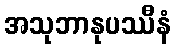
အသုဘာနုပဿီနံ